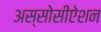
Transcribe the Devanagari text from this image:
अस्सोसीऐशन